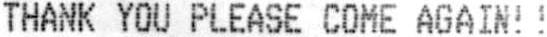
THANK YOU PLEASE COME AGAIN!!